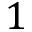
1